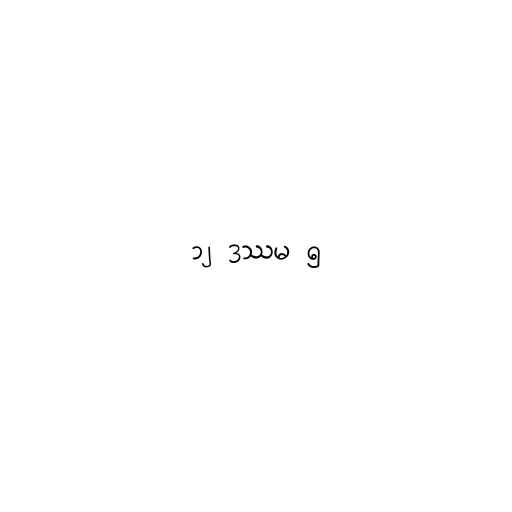
၁၂ ဒဿမ ၅